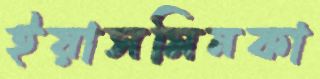
ইয়াসমিনকা